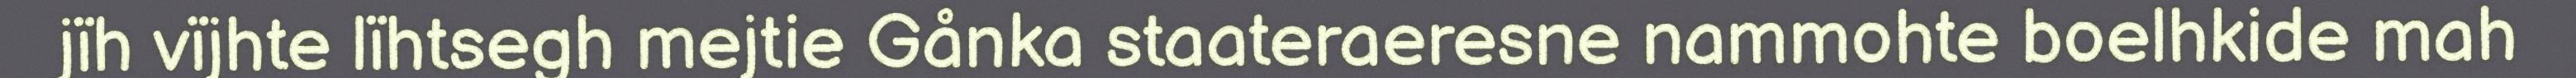
jïh vïjhte lïhtsegh mejtie Gånka staateraeresne nammohte boelhkide mah